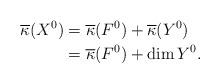
LaTeX: \begin{align*}\overline {\kappa}(X^0)&=\overline{\kappa}(F^0)+\overline{\kappa}(Y^0)\\&=\overline{\kappa}(F^0)+\dim Y^0. \end{align*}